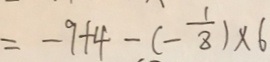
= - 9 + 4 - ( - \frac { 1 } { 8 } ) \times 6